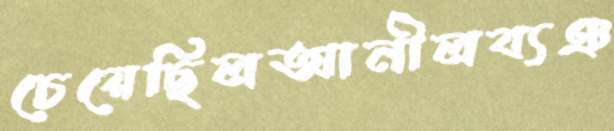
চেয়েছিলআনীলব্যঞ